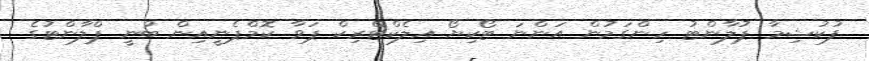
ފުކުޝިމާ ޕުލާންޓު ހިންގަމުން އަންނަ ޓޯކިޔޯ އިލެކްޓްރިކް ޕަވާ ކޮމްޕެނީއިން ބުނީ ޕްލާންޓުގެ